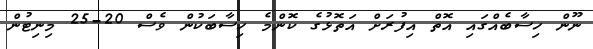
ނޫން ހިސާބެއްގައި އޮތް އިފުރަށް އަތޮޅުގެ ކޮންމެ ހިސާބަކުން ވެސް 20-25 މިނިޓުން